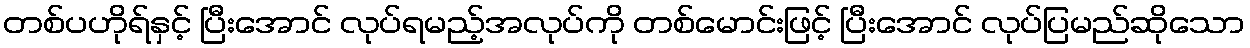
တစ်ပဟိုရ်နှင့် ပြီးအောင် လုပ်ရမည့်အလုပ်ကို တစ်မောင်းဖြင့် ပြီးအောင် လုပ်ပြမည်ဆိုသော